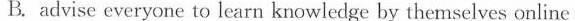
B. advise everyone to learn knowledge by themselves online